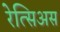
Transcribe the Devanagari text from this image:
रेत्सिअस